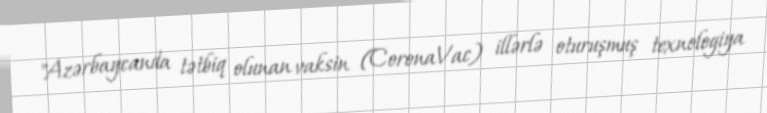
"Azərbaycanda tətbiq olunan vaksin (CoronaVac) illərlə oturuşmuş texnologiya